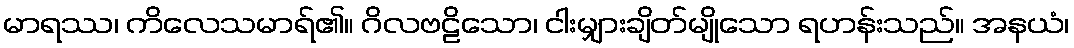
မာရဿ၊ ကိလေသမာရ်၏။ ဂိလဗဠိသော၊ ငါးမျှားချိတ်မျိုသော ရဟန်းသည်။ အနယံ၊